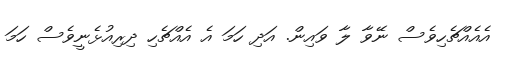
އެއެއްޗެހިވެސް ނޭވާ ލާ ވައިން. އަދި ހަމަ އެ އެއްޗެހި ދިރިއުޅެނީވެސް ހަމަ